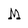
Character: M